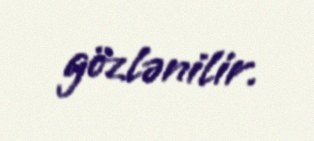
gözlənilir.